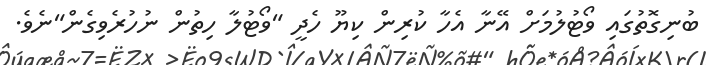
ބުނިގޮތުގައި ވޯޓުލުމަށް އޭނާ އެހާ ކުރިން ކިޔޫ ހެދީ "ވޯޓުލާ ހިތުން ނުހުރެވިގެން"ނެވެ.